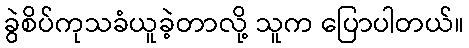
ခွဲစိပ်ကုသခံယူခဲ့တာလို့ သူက ပြောပါတယ်။